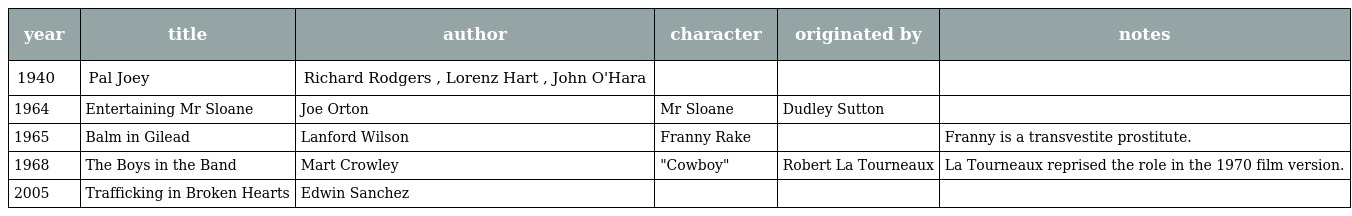
| year | title | author | character | originated by | notes |
 | --- | --- | --- | --- | --- | --- |
 | 1940 | Pal Joey | Richard Rodgers , Lorenz Hart , John O'Hara |  |  |  |
 | 1964 | Entertaining Mr Sloane | Joe Orton | Mr Sloane | Dudley Sutton |  |
 | 1965 | Balm in Gilead | Lanford Wilson | Franny Rake |  | Franny is a transvestite prostitute. |
 | 1968 | The Boys in the Band | Mart Crowley | "Cowboy" | Robert La Tourneaux | La Tourneaux reprised the role in the 1970 film version. |
 | 2005 | Trafficking in Broken Hearts | Edwin Sanchez |  |  |  |